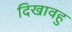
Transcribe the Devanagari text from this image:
दिखावहु